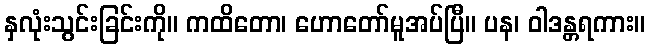
နှလုံးသွင်းခြင်းကို။ ကထိတော၊ ဟောတော်မူအပ်ပြီ။ ပန၊ ဝါဒန္တရကား။